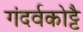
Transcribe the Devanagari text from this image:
गंदर्वकोट्टै